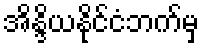
အိန္ဒိယနိုင်ငံဘက်မှ